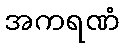
အကရဏံ